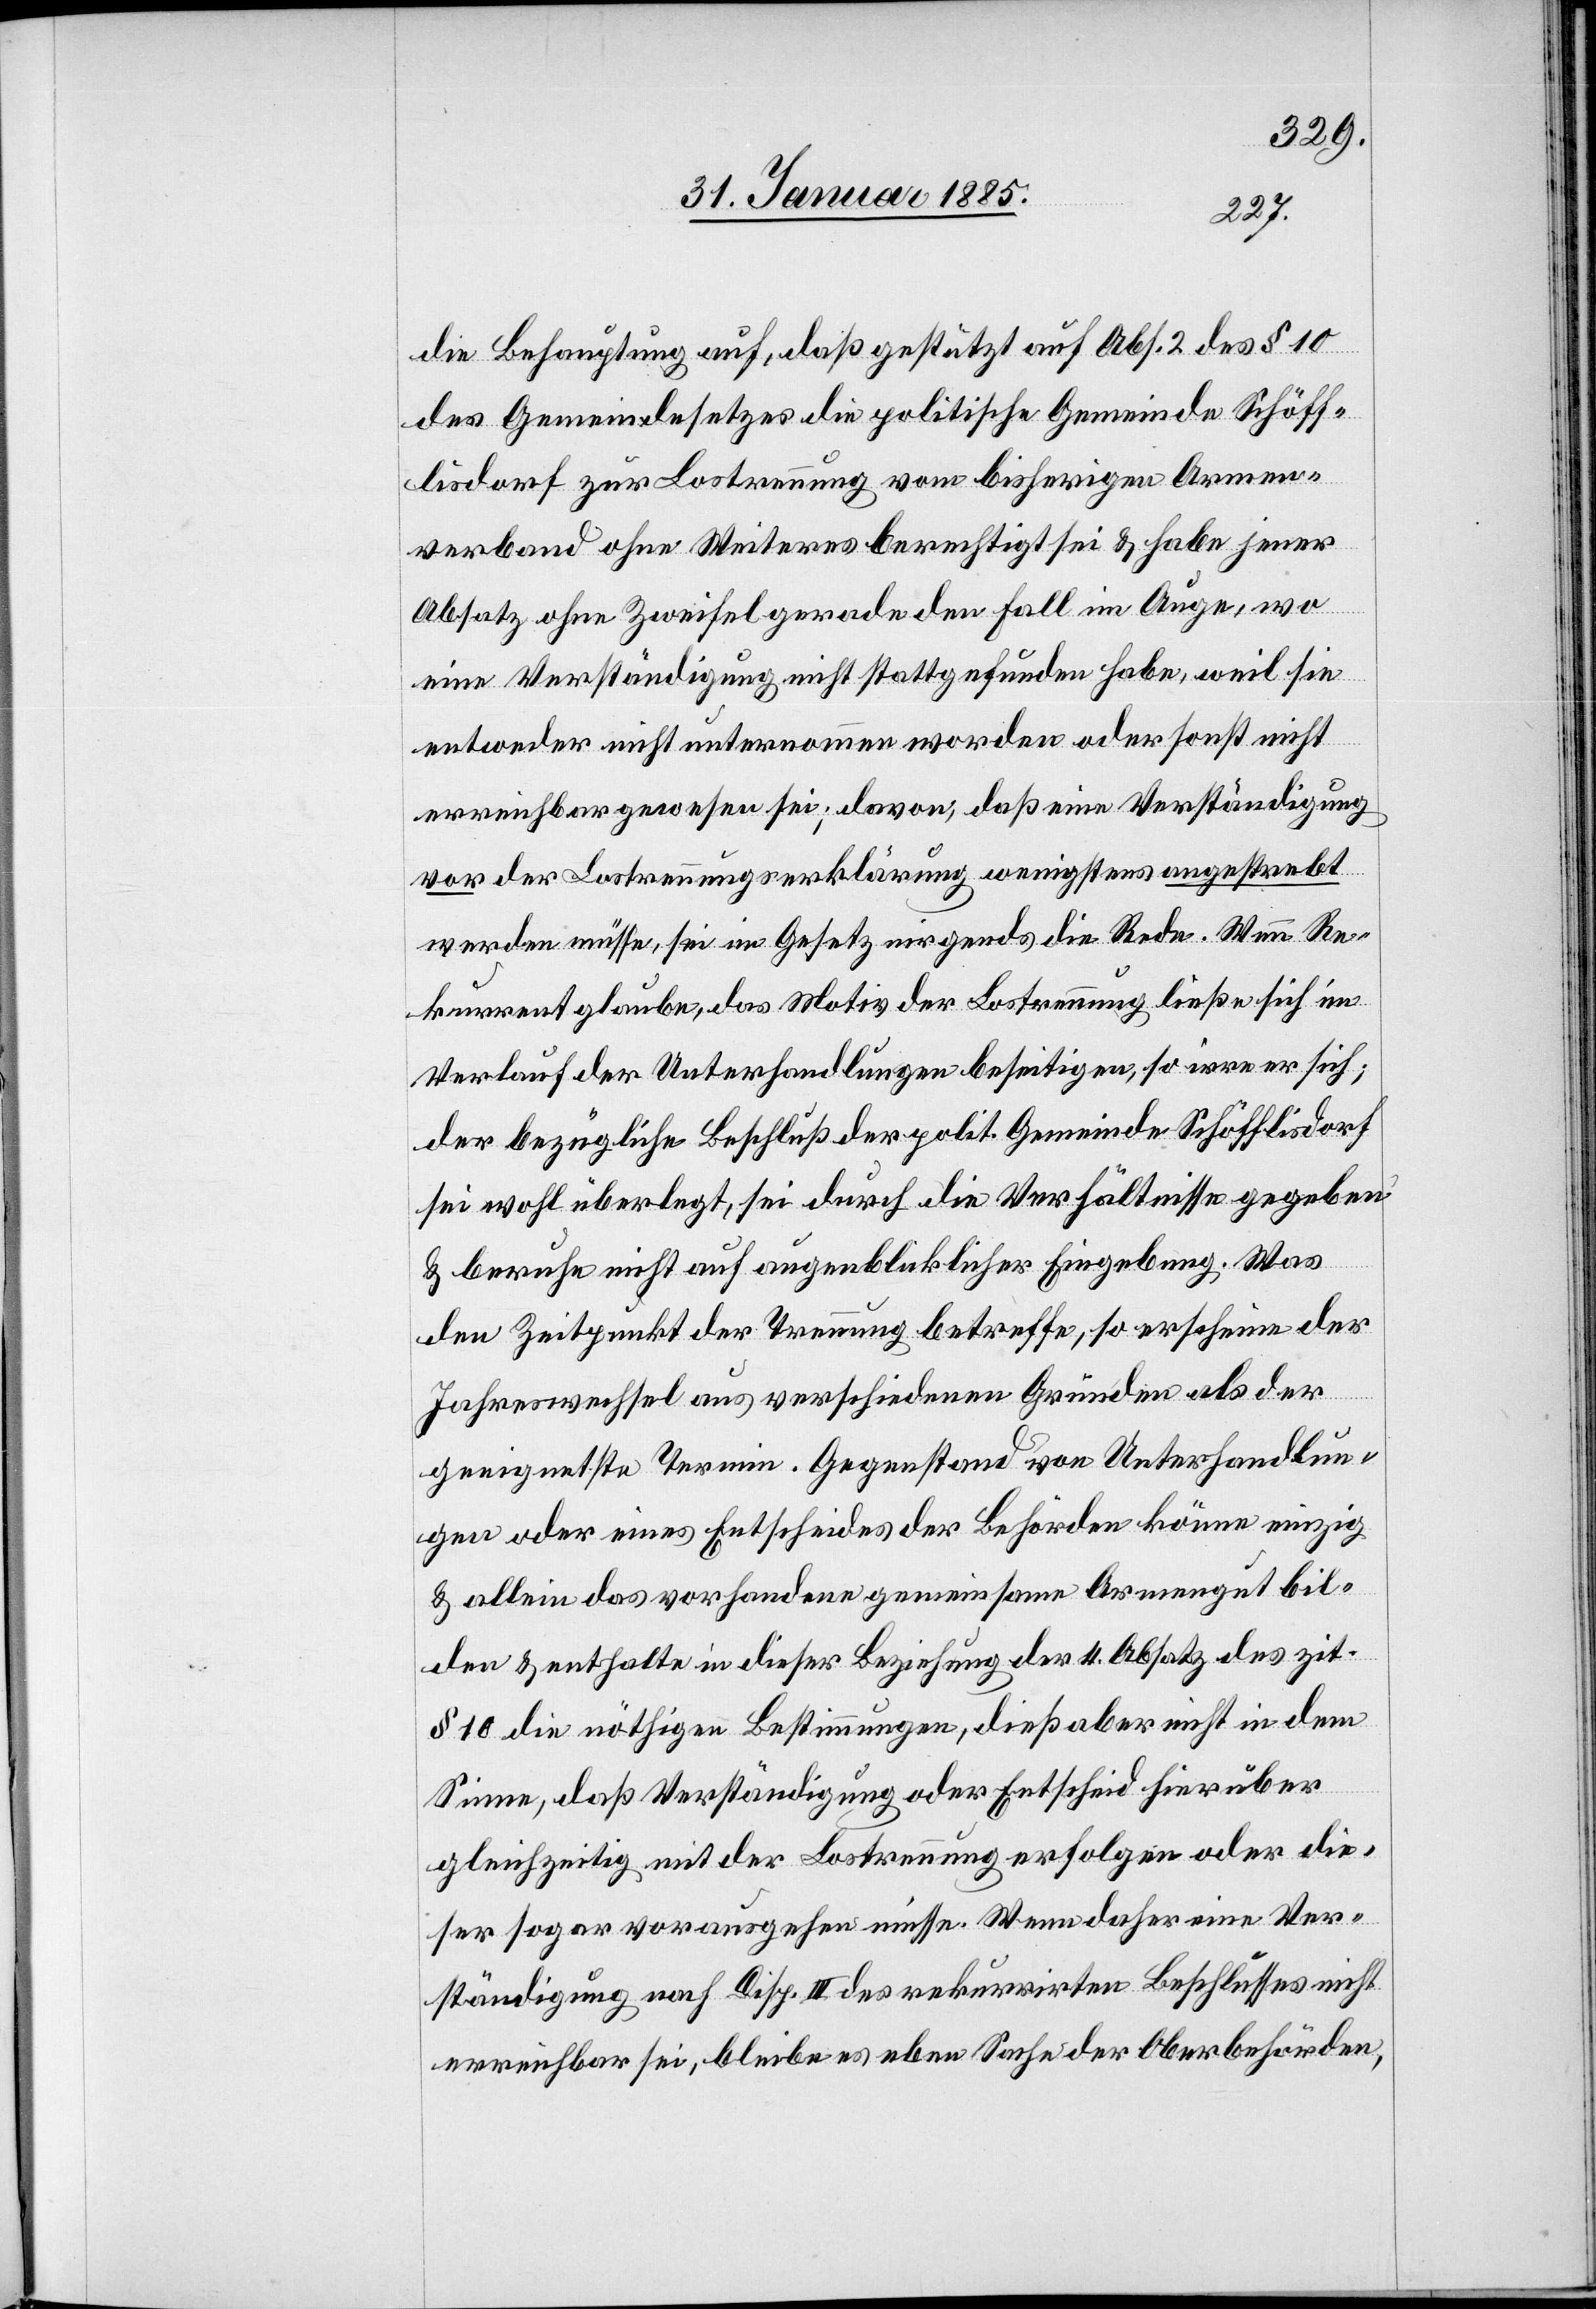
die Behauptung auf, daß gestützt auf Abs. 2 des § §10
des Gemeindegesetzes die politische Gemeinde Schöff¬
lisdorf zur Lostrennung vom bisherigen Armen¬
verband ohne Weiteres berechtigt sei & habe jener
Absatz ohne Zweifel gerade den Fall im Auge, wo
eine Verständigung nicht stattgefunden habe, weil sie
entweder nicht unternommen worden oder sonst nicht
erreichbar gewesen sei; davon, daß eine Verständigung
vor der Lostrennungserklärung wenigstens angestrebt
werden müsse, sei im Gesetz nirgends die Rede. Wenn Re¬
kurrent glaube, das Motiv der Lostrennung ließe sich im
Verlauf der Unterhandlungen beseitigen, so irre er sich;
der bezügliche Beschluß der polit. Gemeinde Schöfflisdorf
sei wohl überlegt, sei durch die Verhältnisse gegeben
& beruhe nicht auf augenblicklicher Eingebung. Was
den Zeitpunkt der Trennung betreffe, so erschein der
Jahreswechsel aus verschiedenen Gründen als der
geeignetste Termin. Gegenstand von Unterhandlun¬
gen oder eines Entscheides der Behörde könne einzig
& allein das vorhandene gemeinsame Armengut bil¬
den & enthalte in dieser Beziehung der 4. Absatz des zit.
§ 10 die nöthigen Bestimmungen, dieß aber nicht in dem
Sinne, daß Verständigung oder Entscheid hierüber
gleichzeitig mit der Lostrennung erfolgen oder die¬
ser sogar vorausgehen müsse. Wenn daher eine Ver¬
ständigung nach Disp. III des rekurrirten Beschlusses nicht
erreichbar sei, bleibe es eben Sache der Oberbehörden,